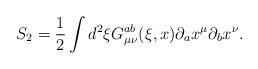
LaTeX: \begin{align*}S_{2}=\frac{1}{2}\int d^{2}\xi G_{\mu \nu }^{ab}(\xi ,x)\partial _{a}x^{\mu}\partial _{b}x^{\nu }. \end{align*}